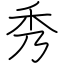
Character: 秀